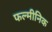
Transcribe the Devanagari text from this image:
फल्मीनिक